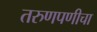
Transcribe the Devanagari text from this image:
तरुणपणीचा